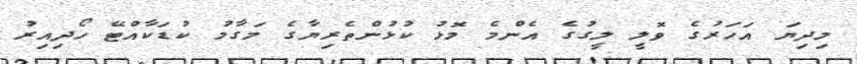
މިދިޔަ އަހަރުގެ ވޮލީ ލީގުގެ އެންމެ މޮޅު ކުޅުންތެރިޔާގެ މަގާމު ކުޑަކާއްޓޭ ހޯދިއިރު